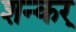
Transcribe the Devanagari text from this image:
शन्कर्